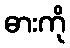
ဓားကို